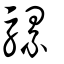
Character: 𩧣